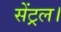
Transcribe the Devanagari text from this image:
सेंट्रल।